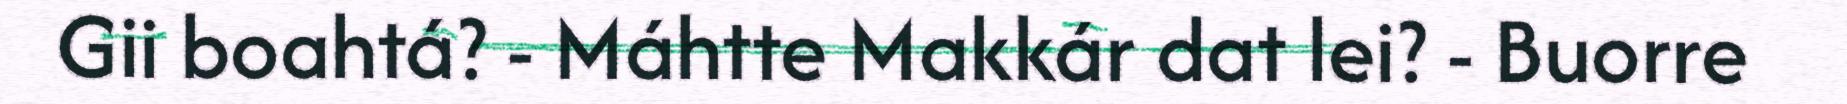
Gii boahtá? - Máhtte Makkár dat lei? - Buorre